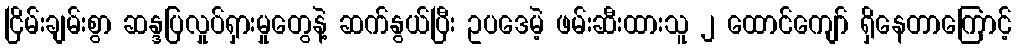
ငြိမ်းချမ်းစွာ ဆန္ဒပြလှုပ်ရှားမှုတွေနဲ့ ဆက်နွယ်ပြီး ဥပဒေမဲ့ ဖမ်းဆီးထားသူ ၂ ထောင်ကျော် ရှိနေတာကြောင့်